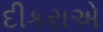
દીકરાએ